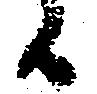
候